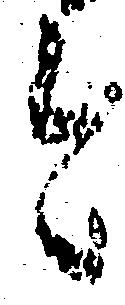
今